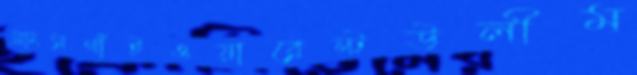
মাংসগাঁইওয়ারেন্টউলীম